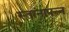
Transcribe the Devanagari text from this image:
स्तानापन्न